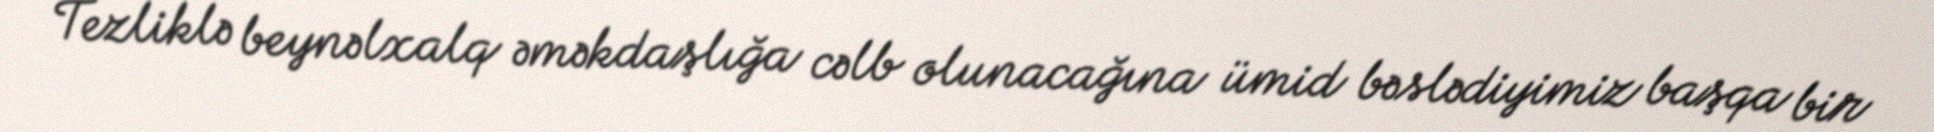
Tezliklə beynəlxalq əməkdaşlığa cəlb olunacağına ümid bəslədiyimiz başqa bir